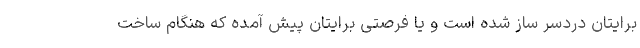
برایتان دردسر ساز شده است و یا فرصتی برایتان پیش آمده که هنگام ساخت